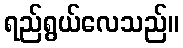
ရည်ရွယ်လေသည်။